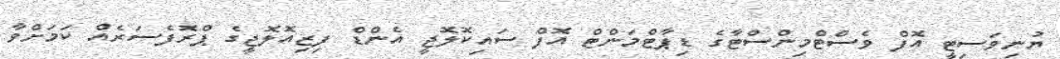
ޔުނިވަސިޓީ އޮފް ވެސްޓްމިންސްޓާގެ ޑިޕާޓްމަންޓް އޮފް ސައިކޮލޮޖީ އެންޑް ފިޒިއޮލޮޖީގެ ޕްރޮފެސަރެއް ކަމަށްވާ